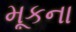
મૂકના